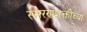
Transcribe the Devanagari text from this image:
स्मरणशक्तीच्या